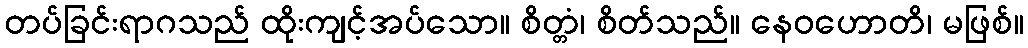
တပ်ခြင်းရာဂသည် ထိုးကျင့်အပ်သော။ စိတ္တံ၊ စိတ်သည်။ နေဝဟောတိ၊ မဖြစ်။